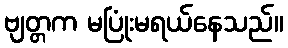
ဗျတ္တက မပြုံးမရယ်နေသည်။